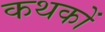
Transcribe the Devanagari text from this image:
कथकों